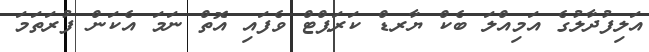
އަލިފުދާލުގެ އަމިއްލަ ބެކް ޔާރޑް ކަރަޕްޓް ވެފައި އޮތް ނަމަ އެކަން ފުރަތަމަ